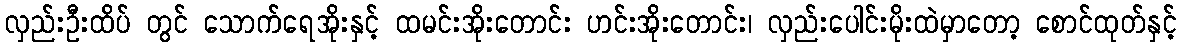
လှည်းဦးထိပ် တွင် သောက်ရေအိုးနှင့် ထမင်းအိုးတောင်း ဟင်းအိုးတောင်း၊ လှည်းပေါင်းမိုးထဲမှာတော့ စောင်ထုတ်နှင့်